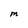
Character: M